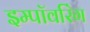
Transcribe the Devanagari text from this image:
इम्पॉवरिंग